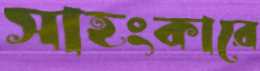
সাহংকারে